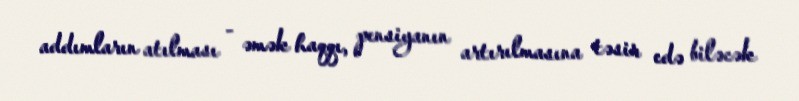
addımların atılması - əmək haqqı, pensiyanın artırılmasına təsir edə biləcək